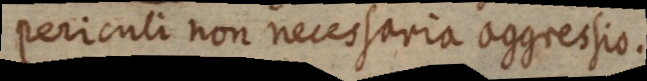
periculi non necessaria aggressio.